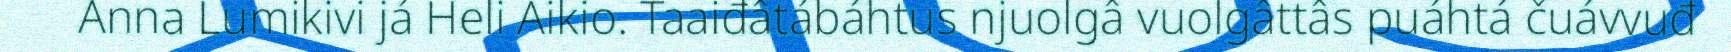
Anna Lumikivi já Heli Aikio. Taaiđâtábáhtus njuolgâ vuolgâttâs puáhtá čuávvuđ